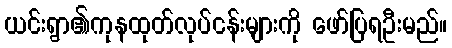
ယင်းရွာ၏ကုနထုတ်လုပ်ငန်းများကို ဖော်ပြရဦးမည်။